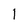
Character: 1